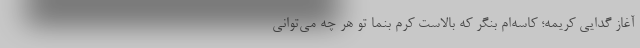
آغازِ گدایی کریمه؛ کاسه‌ام بنگر که بالاست کرم بنما تو هر چه می‌توانی